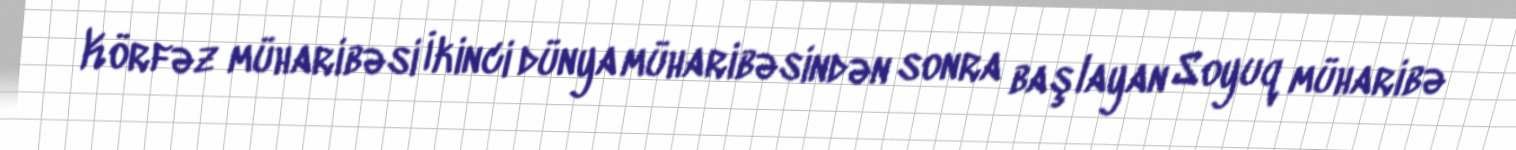
Körfəz müharibəsi İkinci dünya müharibəsindən sonra başlayan Soyuq müharibə